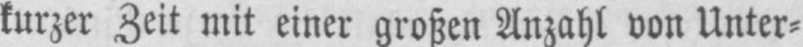
kurzer Zeit mit einer großen Anzahl von Unter⸗